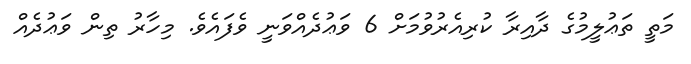
މަތީ ތަޢުލީމުގެ ދާއިރާ ކުރިއެރުވުމަށް 6 ވަޢުދެއްވަނީ ވެފައެވެ. މިހާރު ތިން ވަޢުދެއް